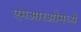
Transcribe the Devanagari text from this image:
एमआरओमध्ये